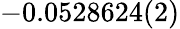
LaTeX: -0.0528624(2)